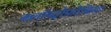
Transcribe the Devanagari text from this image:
क्लॉस्ट्रोफ़ोबिया